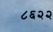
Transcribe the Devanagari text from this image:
८६२२